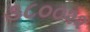
૩૮૦૦૨૨